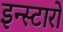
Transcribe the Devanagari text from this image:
इन्स्टारों